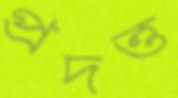
প্রদত্ত